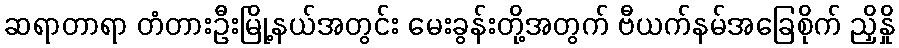
ဆရာတာရာ တံတားဦးမြို့နယ်အတွင်း မေးခွန်းတို့အတွက် ဗီယက်နမ်အခြေစိုက် ညှိနှို